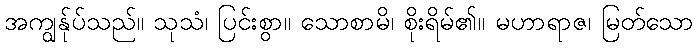
အကျွန်ုပ်သည်။ သုသံ၊ ပြင်းစွာ။ သောစာမိ၊ စိုးရိမ်၏။ မဟာရာဇ၊ မြတ်သော